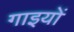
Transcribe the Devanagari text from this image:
गाइयों